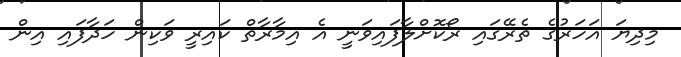
މިދިޔަ އަަހަރުގެ ތެރޭގައި ރޯކޮށްލާފައިވަނީ އެ އިމާރާތް ކައިރީ ވަކިން ހަދާފައި އިން